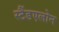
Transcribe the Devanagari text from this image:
स्टैंडएलोन